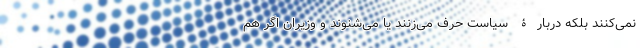
نمی‌کنند بلکه دربارۀ سیاست حرف می‌زنند یا می‌شنوند و وزیران اگر هم